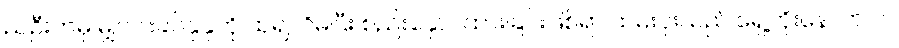
ညဦးကမှ မျှင်ဝါးခပ်နုနုကို ထု၍လိမ်ပြီး စည်းနှောင်ထားခြင်းဖြစ်ရာ ထမ်းပိုးသည် ရှေ့တိုးနောက်ငင်